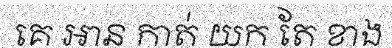
គេ អាន កាត់ យក តែ ខាង